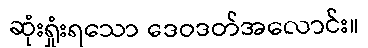
ဆုံးရှုံးရသော ဒေဝဒတ်အလောင်း။